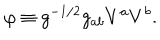
\varphi \equiv g ^ { - 1 / 2 } g _ { a b } V ^ { a } V ^ { b } .